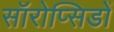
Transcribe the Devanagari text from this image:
सॉरोप्सिडों